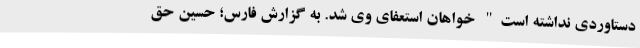
دستاوردی نداشته است" خواهان استعفای وی شد. به گزارش فارس؛ حسین حق